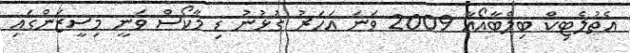
އެތުލެޓިކް ބިލްބާއޯއާ 2009 ވަނަ އަހަރު ގުޅުނު ޑި މާކޯސް ވަނީ މިސީޒަންގައި